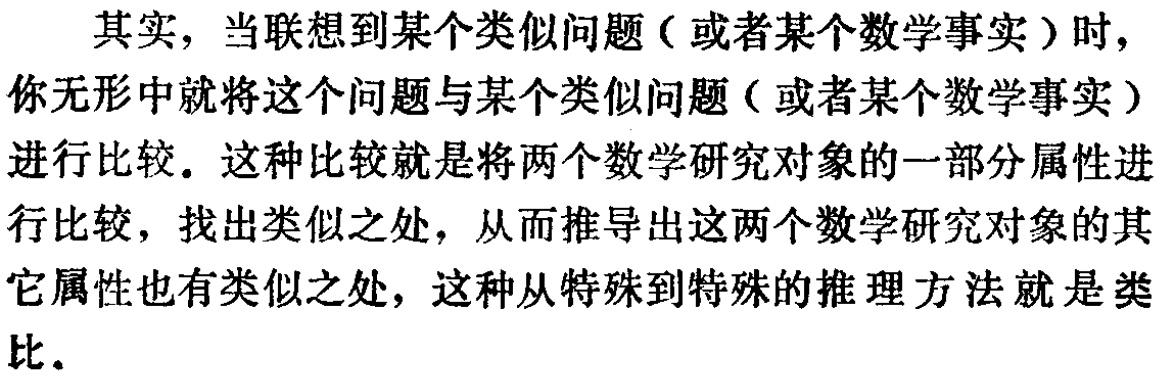
其实，当联想到某个类似问题（或者某个数学事实）时，你无形中就将这个问题与某个类似问题（或者某个数学事实）进行比较. 这种比较就是将两个数学研究对象的一部分属性进行比较，找出类似之处，从而推导出这两个数学研究对象的其它属性也有类似之处，这种从特殊到特殊的推理方法就是类比.